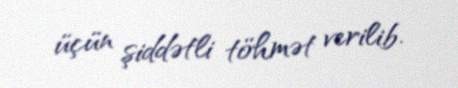
üçün şiddətli töhmət verilib.